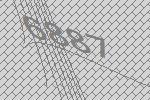
6887